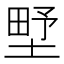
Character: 㙒